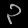
Digit: ၃